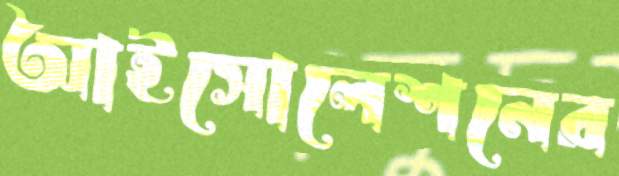
আইসোলেশনের